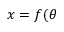
x = f ( \theta